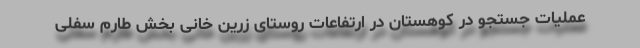
عملیات جستجو در کوهستان در ارتفاعات روستای زرین خانی بخش طارم سفلی